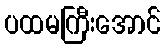
ပထမကြီးအောင်